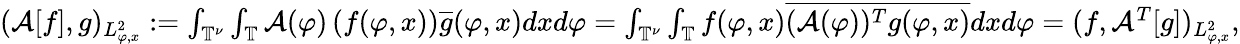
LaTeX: \begin{array}{r}{(\mathcal{A}[f],g)_{L_{\varphi,x}^{2}}:=\int_{\mathbb{T}^{\nu}}\int_{\mathbb{T}}\mathcal{A}(\varphi)\left(f(\varphi,x)\right)\overline{{g}}(\varphi,x)dxd\varphi=\int_{\mathbb{T}^{\nu}}\int_{\mathbb{T}}f(\varphi,x)\overline{{(\mathcal{A}(\varphi))^{T}g(\varphi,x)}}dxd\varphi=(f,\mathcal{A}^{T}[g])_{L_{\varphi,x}^{2}},}\end{array}